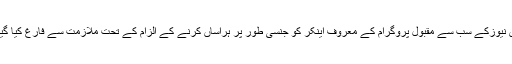
فوکس نیوزکے سب سے مقبول پروگرام کے معروف اینکر کو جنسی طور پر ہراساں کرنے کے الزام کے تحت ملازمت سے فارغ کیا گیا ہے۔